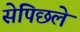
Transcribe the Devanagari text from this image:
सेपिछले